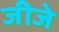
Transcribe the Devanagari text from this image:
जीजे